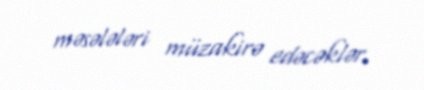
məsələləri müzakirə edəcəklər.